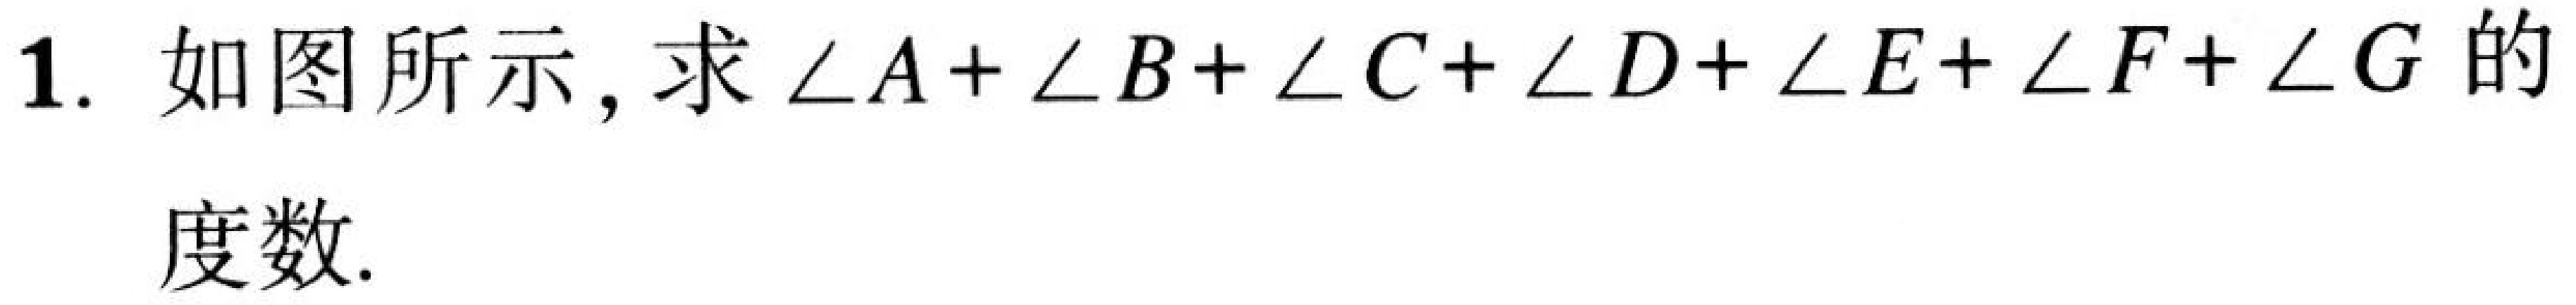
1. 如图所示, 求$\angle A+\angle B+\angle C+\angle D+\angle E+\angle F+\angle G$的度数.